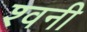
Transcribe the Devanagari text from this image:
श्वनी